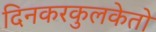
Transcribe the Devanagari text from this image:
दिनकरकुलकेतो